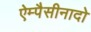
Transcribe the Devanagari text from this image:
ऐम्पैसीनादो